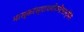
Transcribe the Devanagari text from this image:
भास्करंस्याथयोजनैलतन्मिरो